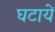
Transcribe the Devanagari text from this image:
घटायें